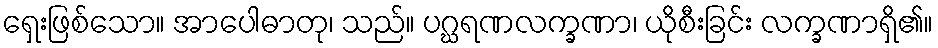
ရှေးဖြစ်သော။ အာပေါဓာတု၊ သည်။ ပဂ္ဃရဏလက္ခဏာ၊ ယိုစီးခြင်း လက္ခဏာရှိ၏။